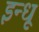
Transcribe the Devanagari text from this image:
इन्धू